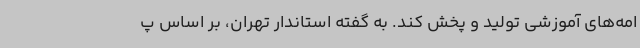
امه‌های آموزشی تولید و پخش کند. به گفته استاندار تهران، بر اساس پ